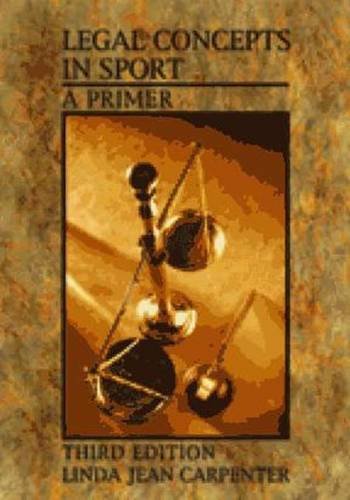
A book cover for Legal Concepts in Sport 3rd Edition: A Primer; Linda Jean Carpenter; Law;